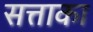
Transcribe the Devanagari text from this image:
सत्ताका